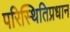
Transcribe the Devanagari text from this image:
परिस्थितिप्रधान